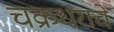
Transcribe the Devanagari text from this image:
चक्रधराचे